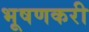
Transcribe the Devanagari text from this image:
भूषणकरी